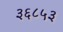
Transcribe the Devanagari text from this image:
३६८५३